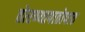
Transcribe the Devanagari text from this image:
तोरण्यापाठोपाठ